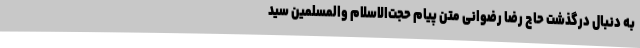
به دنبال درگذشت حاج رضا رضوانی متن پیام حجت‌الاسلام والمسلمین سید